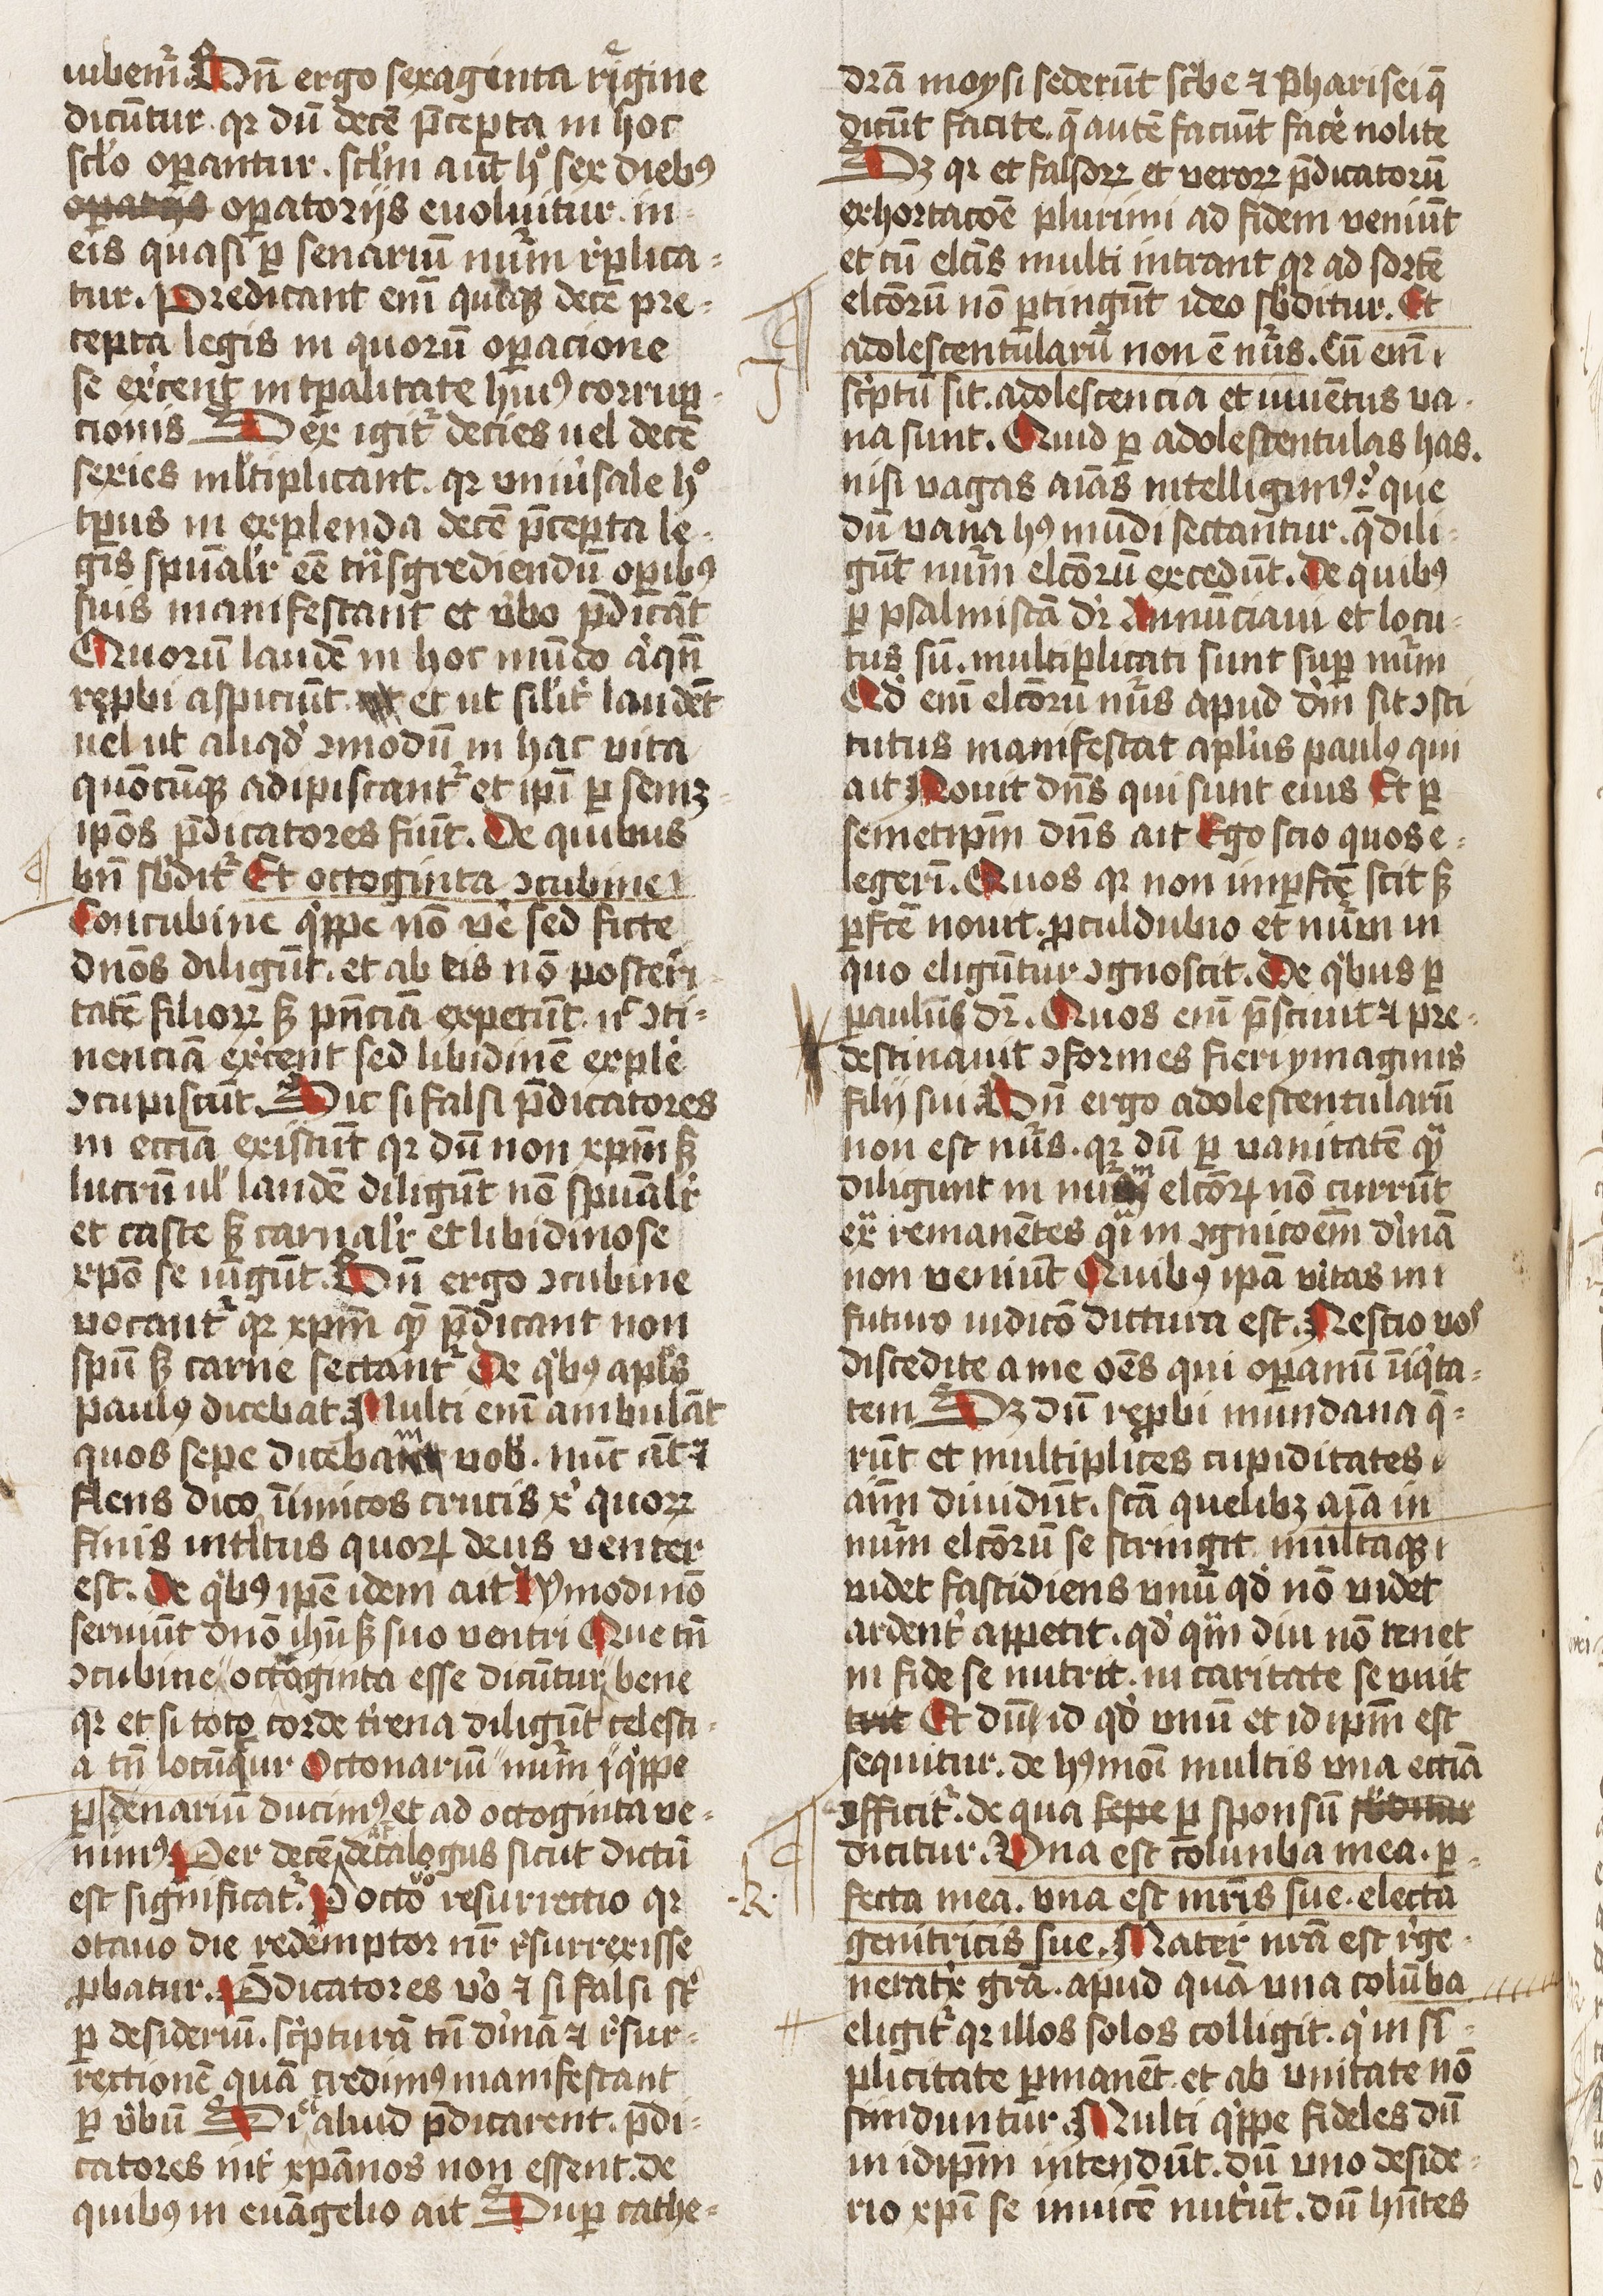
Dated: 1425–1474